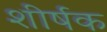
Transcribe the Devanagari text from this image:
शीर्षक